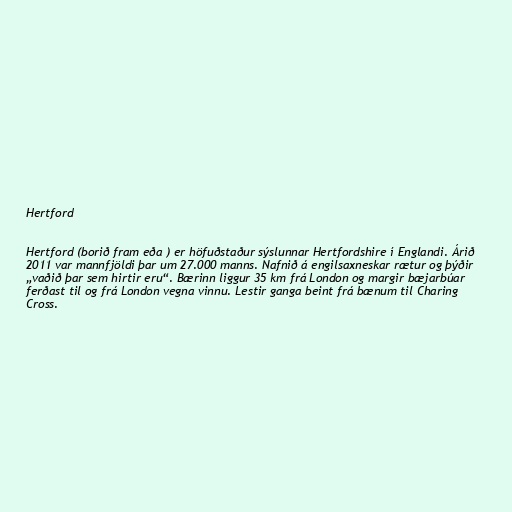
Hertford

Hertford (borið fram eða ) er höfuðstaður sýslunnar Hertfordshire í Englandi. Árið
2011 var mannfjöldi þar um 27.000 manns. Nafnið á engilsaxneskar rætur og þýðir
„vaðið þar sem hirtir eru“. Bærinn liggur 35 km frá London og margir bæjarbúar
ferðast til og frá London vegna vinnu. Lestir ganga beint frá bænum til Charing
Cross.